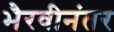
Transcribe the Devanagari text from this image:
भैरवीनंतर